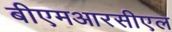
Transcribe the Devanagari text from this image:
बीएमआरसीएल